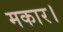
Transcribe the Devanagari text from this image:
मकार।